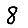
Digit: 8